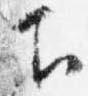
下